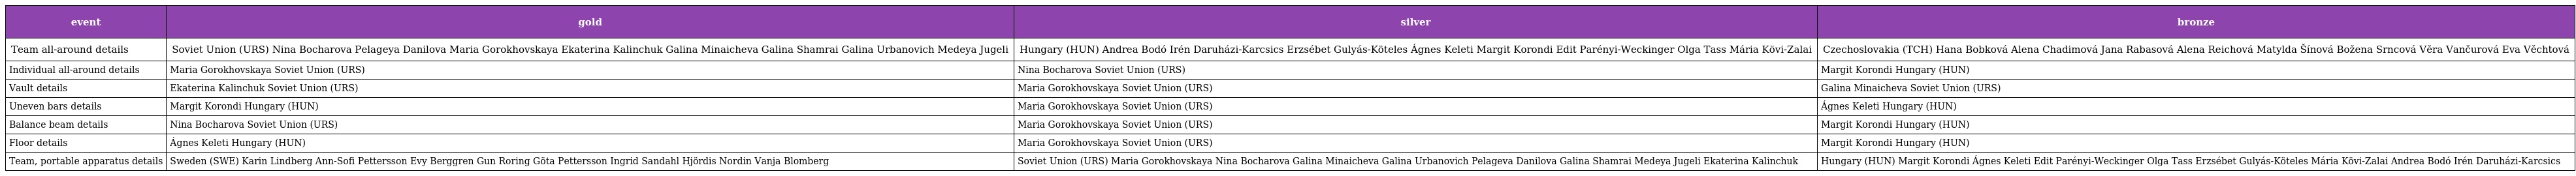
| event | gold | silver | bronze |
 | --- | --- | --- | --- |
 | Team all-around details | Soviet Union (URS) Nina Bocharova Pelageya Danilova Maria Gorokhovskaya Ekaterina Kalinchuk Galina Minaicheva Galina Shamrai Galina Urbanovich Medeya Jugeli | Hungary (HUN) Andrea Bodó Irén Daruházi-Karcsics Erzsébet Gulyás-Köteles Ágnes Keleti Margit Korondi Edit Parényi-Weckinger Olga Tass Mária Kövi-Zalai | Czechoslovakia (TCH) Hana Bobková Alena Chadimová Jana Rabasová Alena Reichová Matylda Šínová Božena Srncová Věra Vančurová Eva Věchtová |
 | Individual all-around details | Maria Gorokhovskaya Soviet Union (URS) | Nina Bocharova Soviet Union (URS) | Margit Korondi Hungary (HUN) |
 | Vault details | Ekaterina Kalinchuk Soviet Union (URS) | Maria Gorokhovskaya Soviet Union (URS) | Galina Minaicheva Soviet Union (URS) |
 | Uneven bars details | Margit Korondi Hungary (HUN) | Maria Gorokhovskaya Soviet Union (URS) | Ágnes Keleti Hungary (HUN) |
 | Balance beam details | Nina Bocharova Soviet Union (URS) | Maria Gorokhovskaya Soviet Union (URS) | Margit Korondi Hungary (HUN) |
 | Floor details | Ágnes Keleti Hungary (HUN) | Maria Gorokhovskaya Soviet Union (URS) | Margit Korondi Hungary (HUN) |
 | Team, portable apparatus details | Sweden (SWE) Karin Lindberg Ann-Sofi Pettersson Evy Berggren Gun Roring Göta Pettersson Ingrid Sandahl Hjördis Nordin Vanja Blomberg | Soviet Union (URS) Maria Gorokhovskaya Nina Bocharova Galina Minaicheva Galina Urbanovich Pelageva Danilova Galina Shamrai Medeya Jugeli Ekaterina Kalinchuk | Hungary (HUN) Margit Korondi Ágnes Keleti Edit Parényi-Weckinger Olga Tass Erzsébet Gulyás-Köteles Mária Kövi-Zalai Andrea Bodó Irén Daruházi-Karcsics |